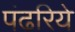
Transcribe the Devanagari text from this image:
पंढरिये